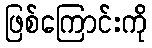
ဖြစ်ကြောင်းကို